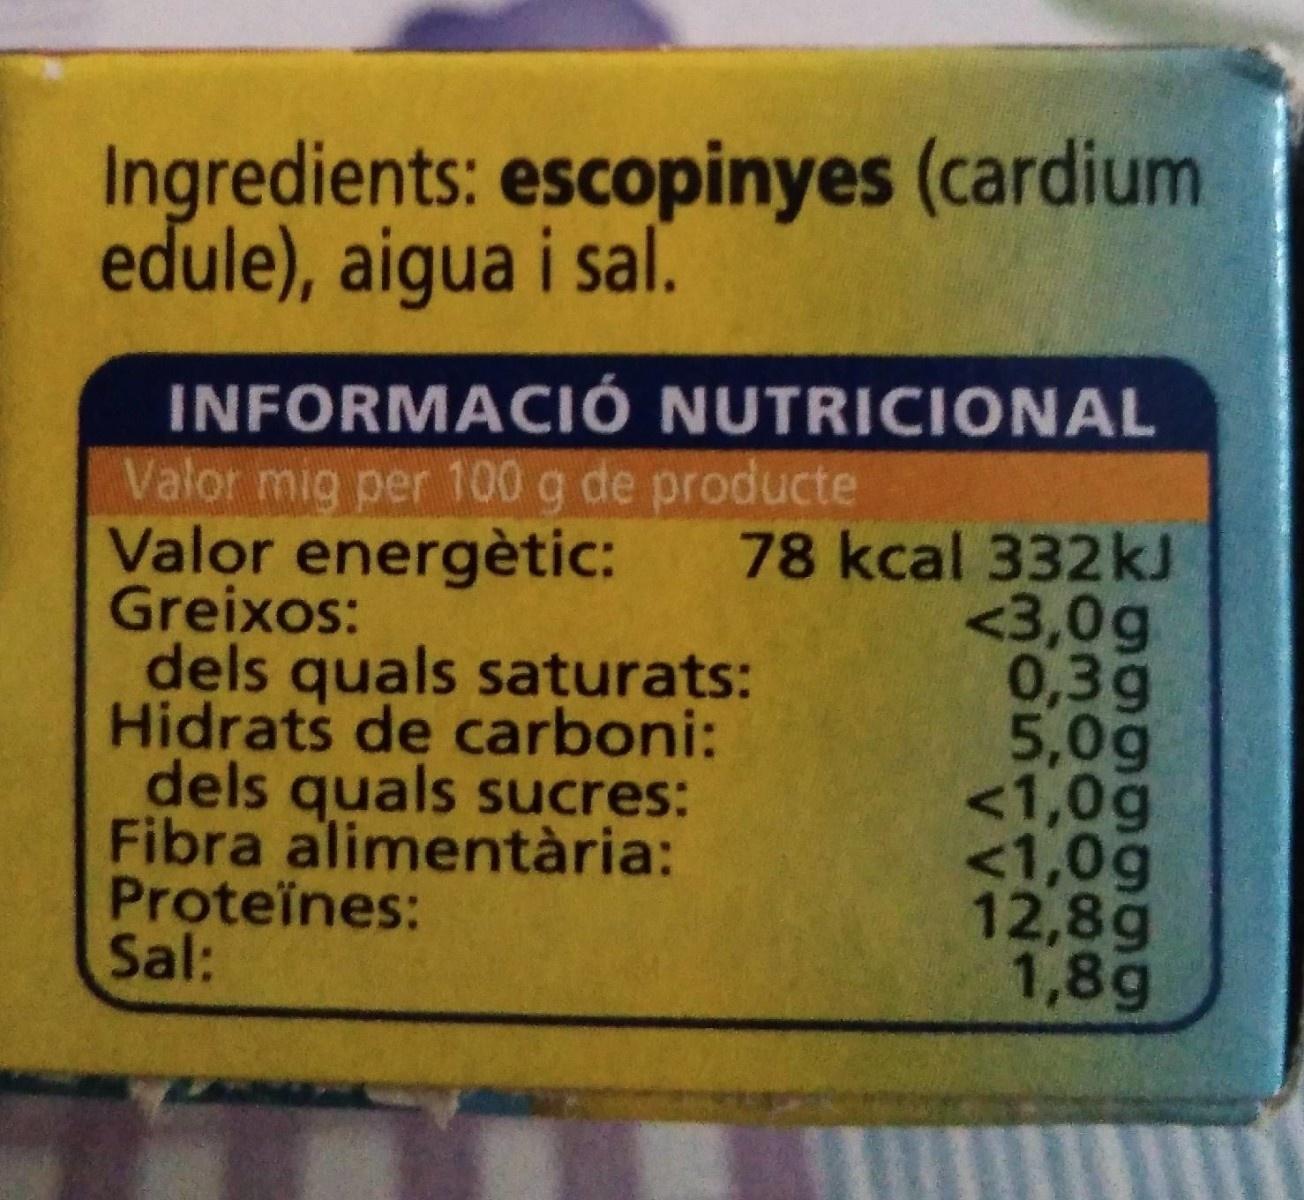
Ingredients: escopinyes (cardium edule), aigua i sal.
INFORMACIÓ NUTRICIONAL Valor mig per 100 g de producte Valor energètic: Greixos: dels quals saturats: Hidrats de carboni: dels quals sucres: Fibra alimentària: Proteïnes: Sal:
78 kcal 332kJ <3,0g 0,3g 5,0g <1,0g <1,0g 12,8g 1,8g